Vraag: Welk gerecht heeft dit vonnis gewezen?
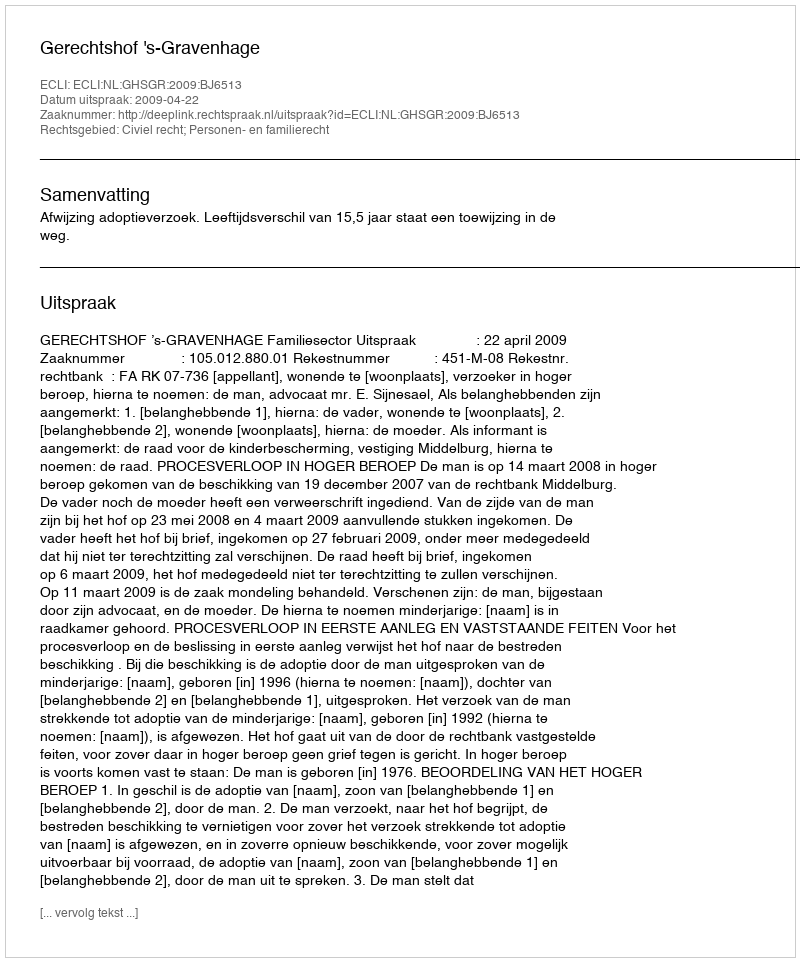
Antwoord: Gerechtshof 's-Gravenhage